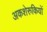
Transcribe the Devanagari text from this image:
अकशेरुकियों